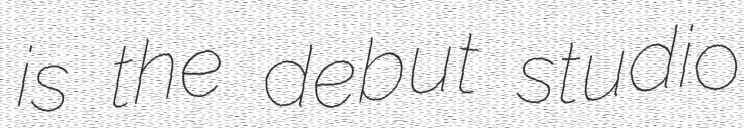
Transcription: is the debut studio